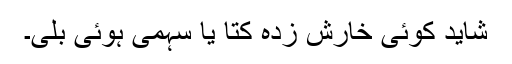
شاید کوئی خارش زدہ کتا یا سہمی ہوئی بلی۔